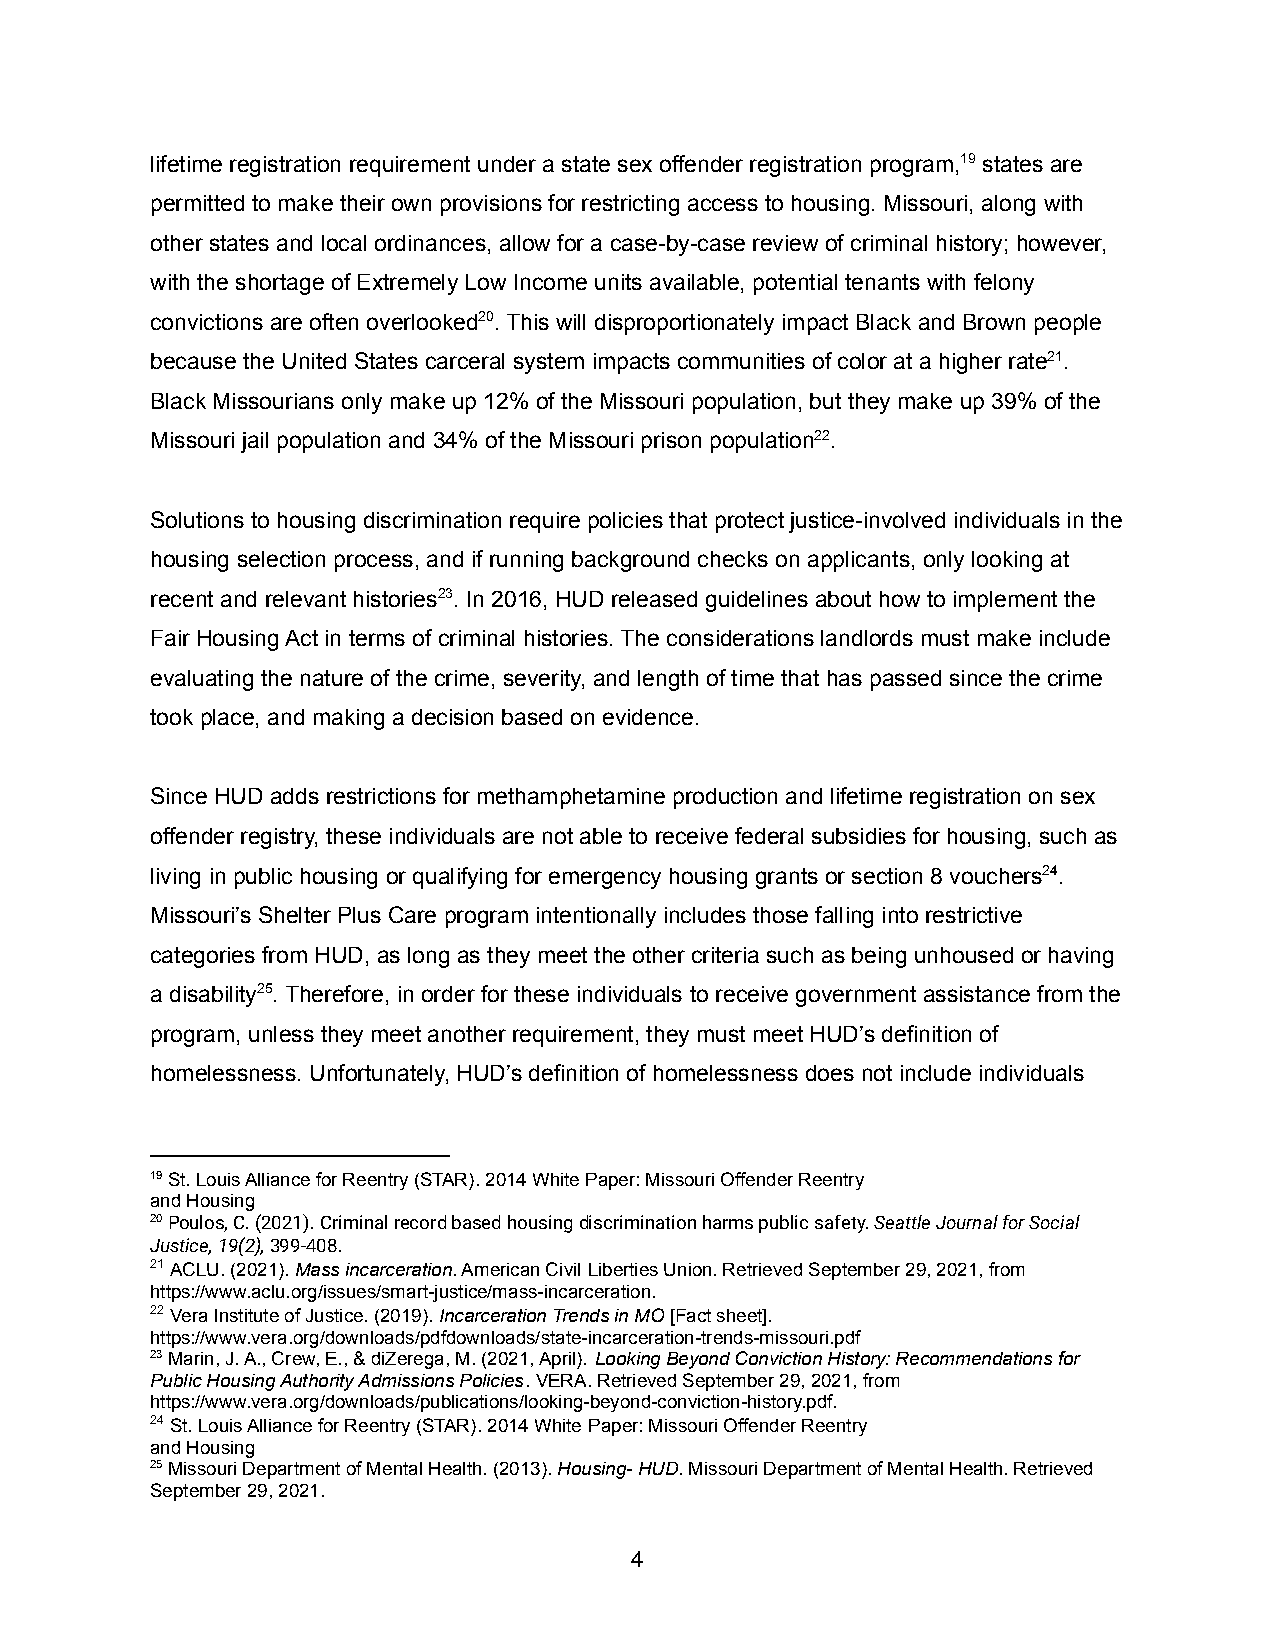
lifetime registration requirement under a state sex offender registration program,19 states are
 permitted to make their own provisions for restricting access to housing. Missouri, along with
 other states and local ordinances, allow for a case-by-case review of criminal history; however,
 with the shortage of Extremely Low Income units available, potential tenants with felony
 convictions are often overlooked20. This will disproportionately impact Black and Brown people
 because the United States carceral system impacts communities of color at a higher rate21.
 Black Missourians only make up 12% of the Missouri population, but they make up 39% of the
 Missouri jail population and 34% of the Missouri prison population22.
 Solutions to housing discrimination require policies that protect justice-involved individuals in the
 housing selection process, and if running background checks on applicants, only looking at
 recent and relevant histories23. In 2016, HUD released guidelines about how to implement the
 Fair Housing Act in terms of criminal histories. The considerations landlords must make include
 evaluating the nature of the crime, severity, and length of time that has passed since the crime
 took place, and making a decision based on evidence.
 Since HUD adds restrictions for methamphetamine production and lifetime registration on sex
 offender registry, these individuals are not able to receive federal subsidies for housing, such as
 living in public housing or qualifying for emergency housing grants or section 8 vouchers24.
 Missouri’s Shelter Plus Care program intentionally includes those falling into restrictive
 categories from HUD, as long as they meet the other criteria such as being unhoused or having
 a disability25. Therefore, in order for these individuals to receive government assistance from the
 program, unless they meet another requirement, they must meet HUD’s definition of
 homelessness. Unfortunately, HUD’s definition of homelessness does not include individuals
 19St. Louis Alliance for Reentry (STAR). 2014 White Paper: Missouri Offender Reentry
 and Housing
 20Poulos, C. (2021). Criminal record based housingdiscrimination harms public safety.Seattle Journalfor Social
 Justice, 19(2),399-408.
 21ACLU. (2021).Mass incarceration. American CivilLiberties Union. Retrieved September 29, 2021, from
 https://www.aclu.org/issues/smart-justice/mass-incarceration.
 22Vera Institute of Justice. (2019).IncarcerationTrends in MO[Fact sheet].
 https://www.vera.org/downloads/pdfdownloads/state-incarceration-trends-missouri.pdf
 23Marin, J. A., Crew, E., & diZerega, M. (2021, April). Looking Beyond Conviction History: Recommendationsfor
 Public Housing Authority Admissions Policies. VERA.Retrieved September 29, 2021, from
 https://www.vera.org/downloads/publications/looking-beyond-conviction-history.pdf.
 24St. Louis Alliance for Reentry (STAR). 2014 WhitePaper: Missouri Offender Reentry
 and Housing
 25Missouri Department of Mental Health. (2013).Housing-HUD. Missouri Department of Mental Health. Retrieved
 September 29, 2021.
 4